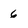
Character: 6